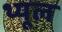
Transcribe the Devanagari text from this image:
थ्यूल